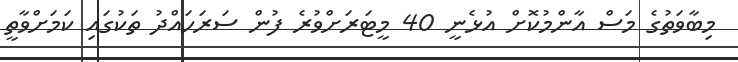
މިބާވަތުގެ މަސް އާންމުކޮށް އުޅެނީ 40 މީޓަރަށްވުރެ ފުން ސަރަހައްދު ތަކުގައި ކަމަށްވާތީ